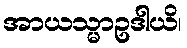
အာယသ္မာဥဒါယိ၊